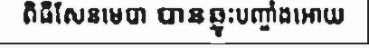
ពិធីសែនមេបា បានឆ្លុះបញ្ចាំងអោយ